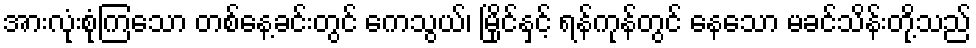
အားလုံးစုံကြသော တစ်နေ့ခင်းတွင် ကေသွယ်၊ မြိုင်နှင့် ရန်ကုန်တွင် နေသော မခင်သိန်းတို့သည်